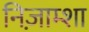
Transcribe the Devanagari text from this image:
निज़ाम्शा